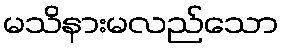
မသိနားမလည်သော